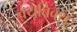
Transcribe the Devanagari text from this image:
क्यूबिक्स